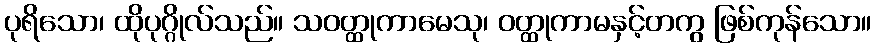
ပုရိသော၊ ထိုပုဂ္ဂိုလ်သည်။ သဝတ္ထုကာမေသု၊ ဝတ္ထုကာမနှင့်တကွ ဖြစ်ကုန်သော။